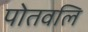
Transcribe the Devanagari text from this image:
पोतवलि